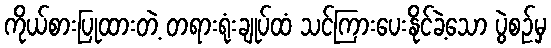
ကိုယ်စားပြုထားတဲ့ တရားရုံးချုပ်ထံ သင်ကြားပေးနိုင်ခဲ့သော ပွဲစဉ်မှ